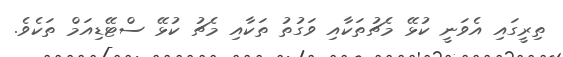
ތިރީގައި އެވަނީ ކުޅޭ މެޗުތަކާއި ވަގުތު ތަކާއި މެޗު ކުޅޭ ސްޓޭޑިއަމް ތަކެވެ.